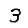
Digit: 3